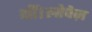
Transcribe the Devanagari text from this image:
थीं।लोपेज़